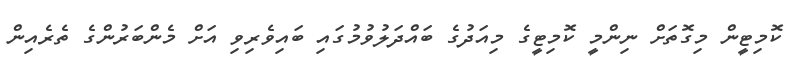
ކޮމިޓީން މިގޮތަށް ނިންމީ ކޮމިޓީގެ މިއަދުގެ ބައްދަލުވުމުގައި ބައިވެރިވި އަށް މެންބަރުންގެ ތެރެއިން